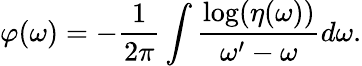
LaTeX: \varphi(\omega)=-\frac{1}{2\pi}\int\frac{\log(\eta(\omega))}{\omega^{\prime}-\omega}d\omega.